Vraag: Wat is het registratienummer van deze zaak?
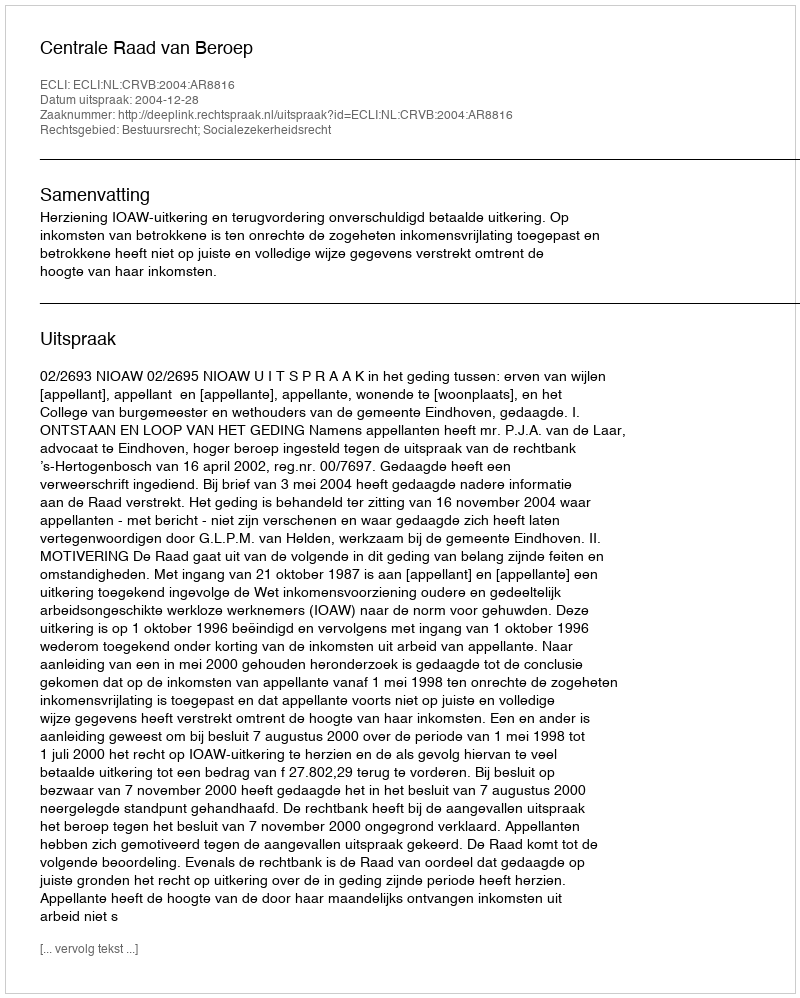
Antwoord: http://deeplink.rechtspraak.nl/uitspraak?id=ECLI:NL:CRVB:2004:AR8816